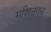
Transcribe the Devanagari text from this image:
मशिनगन